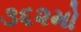
૩૬૨મો